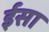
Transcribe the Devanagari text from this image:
र्इसा